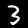
Label: 3